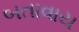
બતાવાય